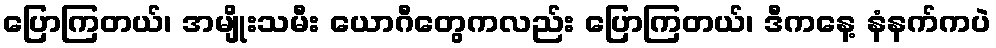
ပြောကြတယ်၊ အမျိုးသမီး ယောဂီတွေကလည်း ပြောကြတယ်၊ ဒီကနေ့ နံနက်ကပဲ